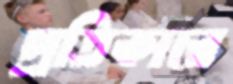
প্রতিকারে